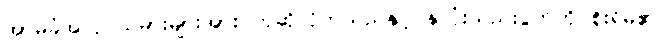
အာမခံအလုပ်သမားများအား ဟုဆိုလိုက်သည်နှင့် နှလုံးသည်းပွတ်ကို စိုးရိမ်၏